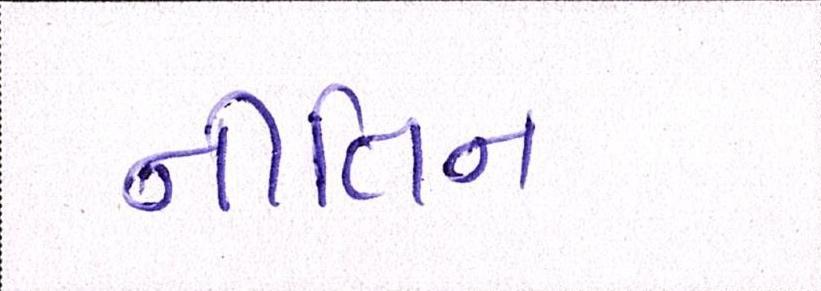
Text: નીતિન